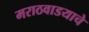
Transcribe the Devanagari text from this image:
मराठवाडयाचे